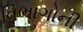
વિભાગોની